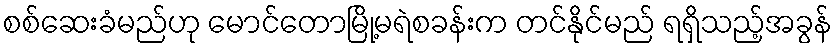
စစ်ဆေးခံမည်ဟု မောင်တောမြို့မရဲစခန်းက တင်နိုင်မည် ရရှိသည့်အခွန်